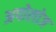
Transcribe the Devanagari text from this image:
अपोलोज